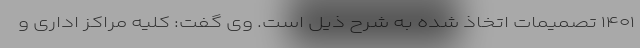
۱۴۰۱ تصمیمات اتخاذ شده به شرح ذیل است. وی گفت: کلیه مراکز اداری و